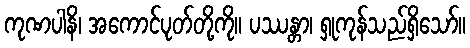
ကုဏပါနိ၊ အကောင်ပုတ်တို့ကို။ ပဿန္တာ၊ ရှုကုန်သည်ရှိသော်။